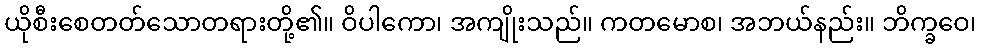
ယိုစီးစေတတ်သောတရားတို့၏။ ဝိပါကော၊ အကျိုးသည်။ ကတမောစ၊ အဘယ်နည်း။ ဘိက္ခဝေ၊